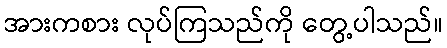
အားကစား လုပ်ကြသည်ကို တွေ့ပါသည်။